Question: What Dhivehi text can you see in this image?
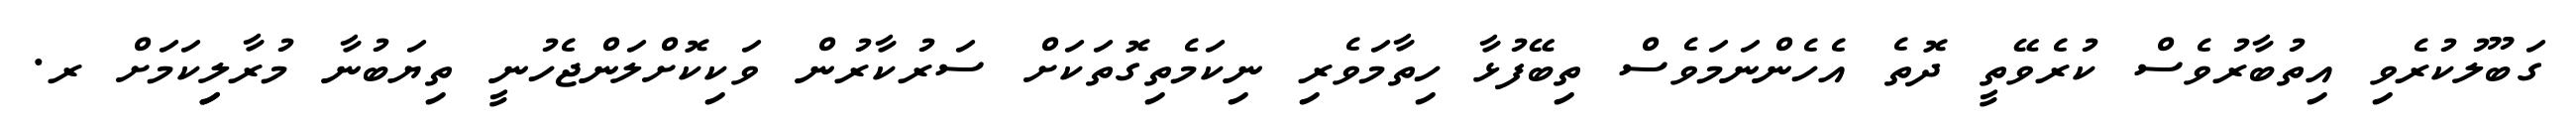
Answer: ގަބޫލުކުރެވި އިތުބާރުވެސް ކުރެވޭތީ ދޮތެ އެހެންނަމަވެސް ތިބޭފުޅާ ހިތާމަވެރި ނިކަމެތިގޮތަކަށް ސަރުކާރުން ވަކިކޮށްލަންޖެހުނީ ތިޔަބުނާ މުރާލިިކަމަށް ރ.